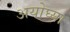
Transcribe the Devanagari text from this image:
अयोघ्या